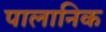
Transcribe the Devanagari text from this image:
पालानिक